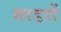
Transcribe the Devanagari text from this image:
गरडरों